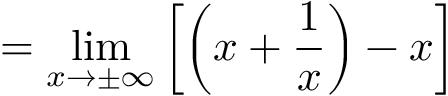
= \operatorname* { l i m } _ { x \to \pm \infty } \left[ \left( x + { \frac { 1 } { x } } \right) - x \right]